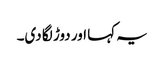
یہ کہا اور دوڑ لگا دی۔